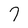
Character: 7